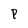
Character: P